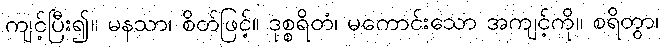
ကျင့်ပြီး၍။ မနသာ၊ စိတ်ဖြင့်။ ဒုစ္စရိတံ၊ မကောင်းသော အကျင့်ကို။ စရိတွာ၊